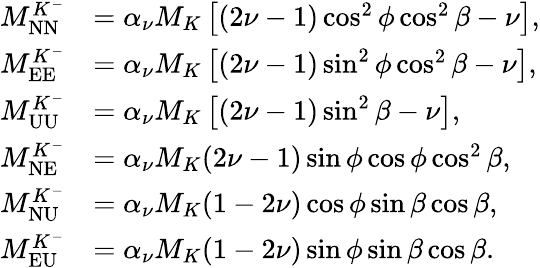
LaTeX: \begin{array}{rl}{M_{\mathrm{NN}}^{K^{-}}}&{=\alpha_{\nu}M_{K}\left[(2\nu-1)\cos^{2}\phi\cos^{2}\beta-\nu\right],}\\ {M_{\mathrm{EE}}^{K^{-}}}&{=\alpha_{\nu}M_{K}\left[(2\nu-1)\sin^{2}\phi\cos^{2}\beta-\nu\right],}\\ {M_{\mathrm{UU}}^{K^{-}}}&{=\alpha_{\nu}M_{K}\left[(2\nu-1)\sin^{2}\beta-\nu\right],}\\ {M_{\mathrm{NE}}^{K^{-}}}&{=\alpha_{\nu}M_{K}(2\nu-1)\sin\phi\cos\phi\cos^{2}\beta,}\\ {M_{\mathrm{NU}}^{K^{-}}}&{=\alpha_{\nu}M_{K}(1-2\nu)\cos\phi\sin\beta\cos\beta,}\\ {M_{\mathrm{EU}}^{K^{-}}}&{=\alpha_{\nu}M_{K}(1-2\nu)\sin\phi\sin\beta\cos\beta.}\end{array}